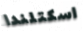
اسكتلندا